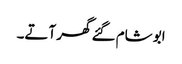
ابو شام گئے گھر آتے۔